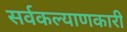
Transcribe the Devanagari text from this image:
सर्वकल्याणकारी